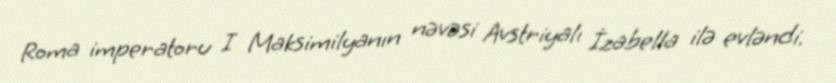
Roma imperatoru I Maksimilyanın nəvəsi Avstriyalı İzabella ilə evləndi.